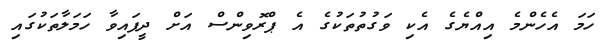
ހަމަ އެހެންމެ އިއްޔެގެ އެކި ވަގުތުތަކުގެ އެ ޕްރޮވިންސް އަށް ދީފައިވާ ހަމަލާތަކުގައި